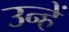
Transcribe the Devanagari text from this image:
उन्हें